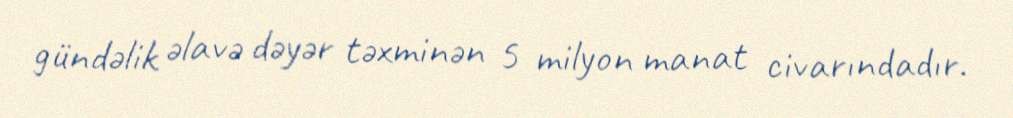
gündəlik əlavə dəyər təxminən 5 milyon manat civarındadır.